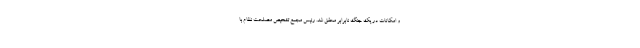
و امکانات در یک جنگ نابرابر محقق شد. رئیس مجمع تشخیص مصلحت نظام با